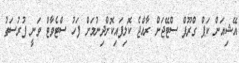
އޭޝިއަން ކަޕް ގްރޫޕް ސްޓޭޖަށް ރާއްޖެ ކޮލިފައިކޮށްދިނުމަށް ފަހު ސްޓެވާޓް ވަނީ ފުރުސަތު